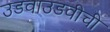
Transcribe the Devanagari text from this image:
उडवाउडवीची